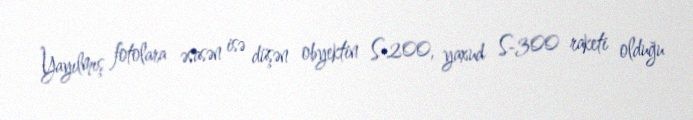
Yayılmış fotolara əsasən isə düşən obyektin S-200, yaxud S-300 raketi olduğu